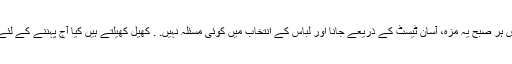
بس ہر صبح یہ مزہ، آسان ٹیسٹ کے ذریعے جانا اور لباس کے انتخاب میں کوئی مسئلہ نہیں. . کھیل کھیلتے ہیں کیا آج پہننے کے لئے؟